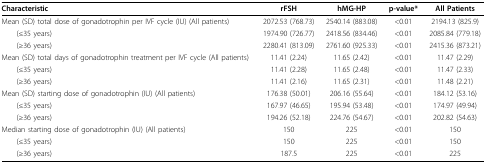
<table><thead><tr><td><b>Characteristic</b></td><td><b>rFSH</b></td><td><b>hMG-HP</b></td><td><b>p-value*</b></td><td><b>All Patients</b></td></tr></thead><tbody><tr><td>Mean (SD) total dose of gonadotrophin per IVF cycle (IU) (All patients)</td><td>2072.53 (768.73)</td><td>2540.14 (883.08)</td><td>&lt;0.01</td><td>2194.13 (825.9)</td></tr><tr><td> (≤35 years)</td><td>1974.90 (726.77)</td><td>2418.56 (834.46)</td><td>&lt;0.01</td><td>2085.84 (779.18)</td></tr><tr><td> (≥36 years)</td><td>2280.41 (813.09)</td><td>2761.60 (925.33)</td><td>&lt;0.01</td><td>2415.36 (873.21)</td></tr><tr><td>Mean (SD) total days of gonadotrophin treatment per IVF cycle (All patients)</td><td>11.41 (2.24)</td><td>11.65 (2.42)</td><td>&lt;0.01</td><td>11.47 (2.29)</td></tr><tr><td> (≤35 years)</td><td>11.41 (2.28)</td><td>11.65 (2.48)</td><td>&lt;0.01</td><td>11.47 (2.33)</td></tr><tr><td> (≥36 years)</td><td>11.41 (2.16)</td><td>11.65 (2.31)</td><td>&lt;0.01</td><td>11.48 (2.21)</td></tr><tr><td>Mean (SD) starting dose of gonadotrophin (IU) (All patients)</td><td>176.38 (50.01)</td><td>206.16 (55.64)</td><td>&lt;0.01</td><td>184.12 (53.16)</td></tr><tr><td> (≤35 years)</td><td>167.97 (46.65)</td><td>195.94 (53.48)</td><td>&lt;0.01</td><td>174.97 (49.94)</td></tr><tr><td> (≥36 years)</td><td>194.26 (52.18)</td><td>224.76 (54.67)</td><td>&lt;0.01</td><td>202.82 (54.63)</td></tr><tr><td>Median starting dose of gonadotrophin (IU) (All patients)</td><td>150</td><td>225</td><td>&lt;0.01</td><td>150</td></tr><tr><td> (≤35 years)</td><td>150</td><td>225</td><td>&lt;0.01</td><td>150</td></tr><tr><td> (≥36 years)</td><td>187.5</td><td>225</td><td>&lt;0.01</td><td>225</td></tr></tbody></table>